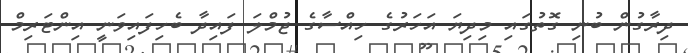
ދިރާގުން ބުނި ގޮތުގައި މިދިޔަ އަހަރުގެ ހިއްސާގެ ޖުމްލަ ފައިދާ ބެހިފައިވަނީ އިންޓަރިމް